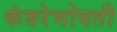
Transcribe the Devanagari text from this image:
कंबरेभोवती